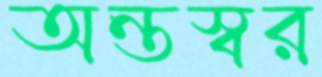
অন্তস্বর